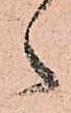
之